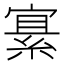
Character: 𫳲